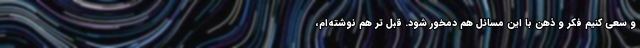
و سعی کنیم فکر و ذهن‌ با این مسائل هم دمخور شود. قبل تر هم نوشته‌ام،